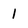
Character: 1